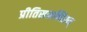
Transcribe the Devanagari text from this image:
प्रीतिसमन्वितम्